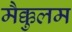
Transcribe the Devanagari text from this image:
मैक्कुलम